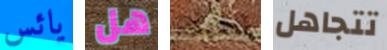
يائس هل الفيلم تتجاهل